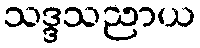
သဒ္ဒသညာယ